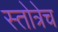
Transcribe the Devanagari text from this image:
स्तोत्रेच